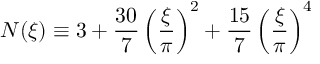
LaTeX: N ( \xi ) \equiv 3 + \frac { 3 0 } { 7 } \left( \frac { \xi } { \pi } \right) ^ { 2 } + \frac { 1 5 } { 7 } \left( \frac { \xi } { \pi } \right) ^ { 4 }